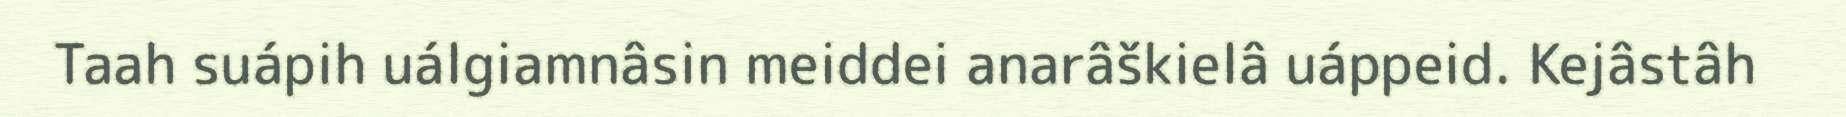
Taah suápih uálgiamnâsin meiddei anarâškielâ uáppeid. Kejâstâh